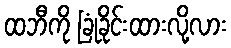
ထဘီကို ခြုံခိုင်းထားလို့လား